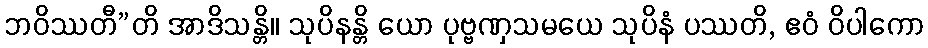
ဘဝိဿတီ”တိ အာဒိသန္တိ။ သုပိနန္တိ ယော ပုဗ္ဗဏှသမယေ သုပိနံ ပဿတိ, ဧဝံ ဝိပါကော